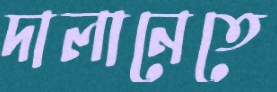
দালানেতে